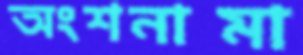
অংশনামা